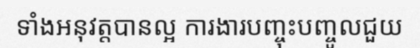
ទាំងអនុវត្តបានល្អ ការងារបញ្ចុះបញ្ចូលជួយ